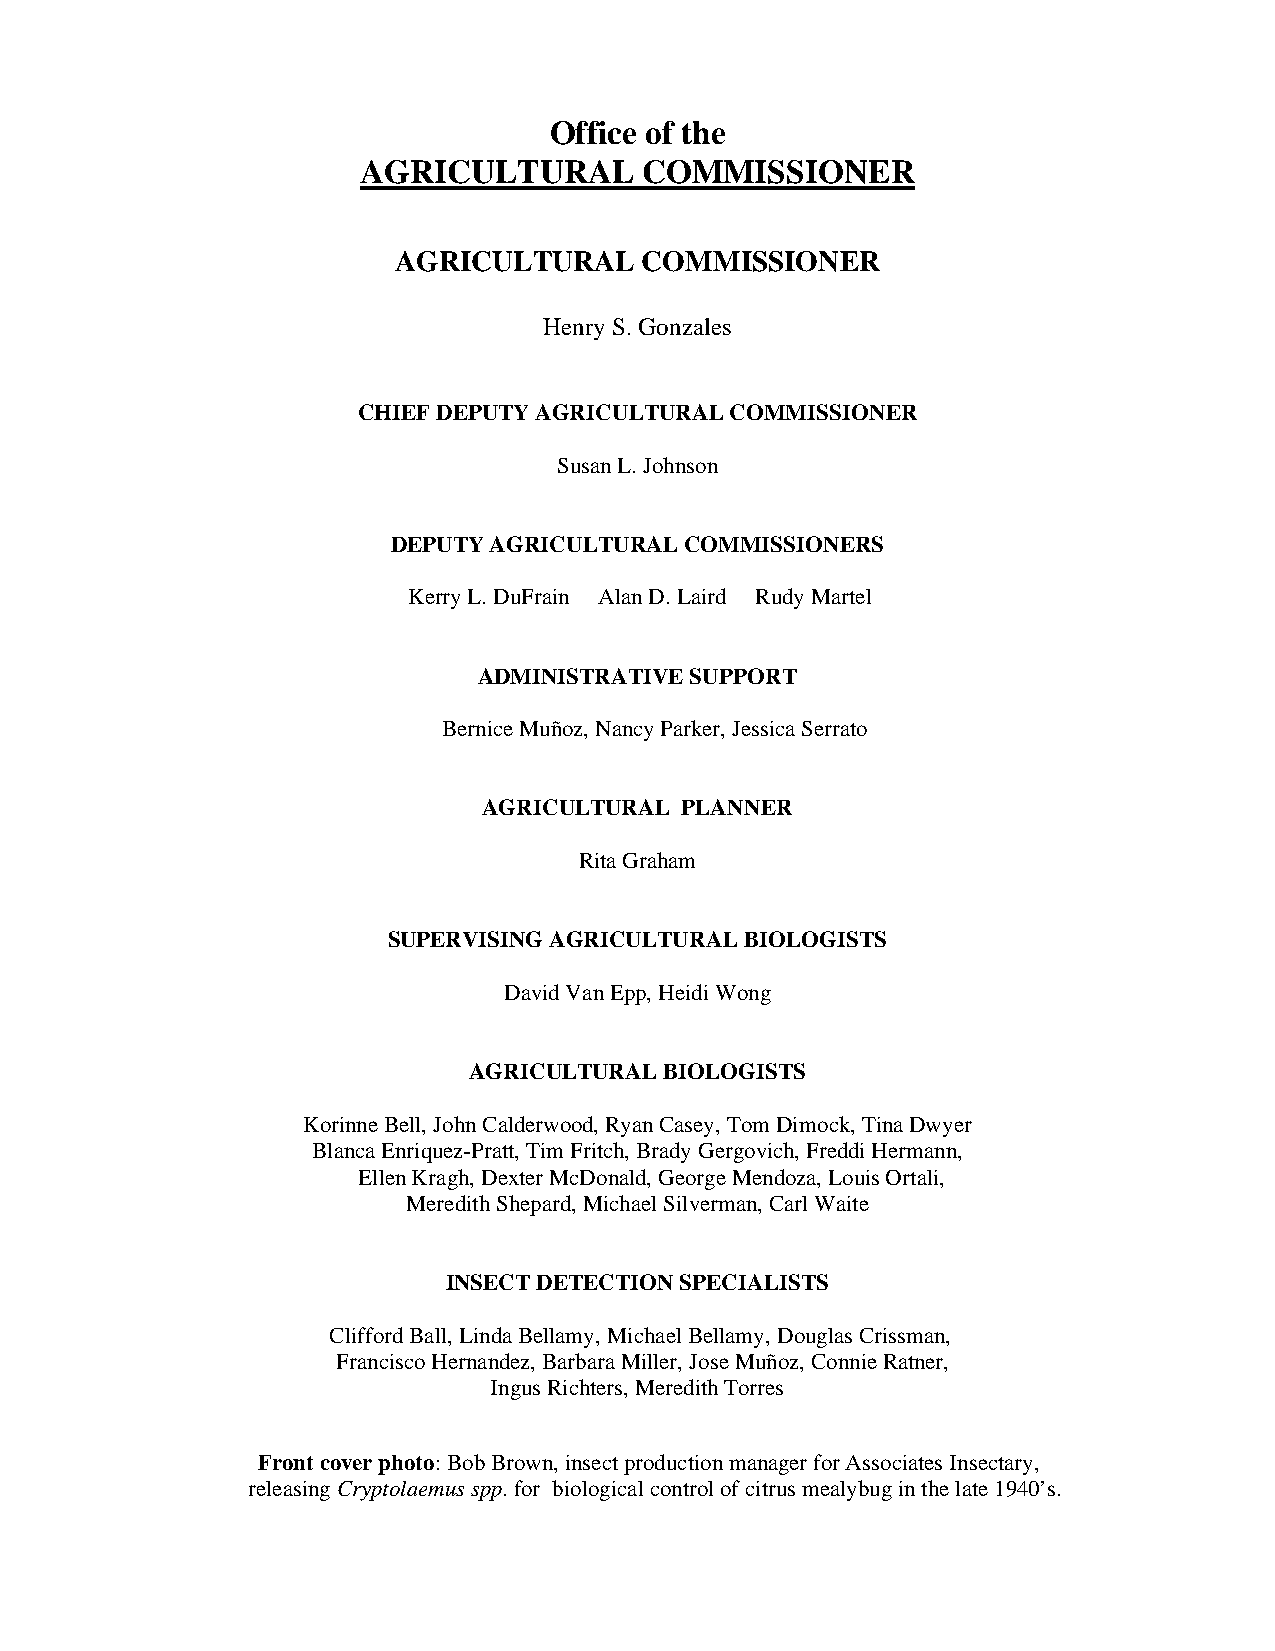
Office of the
 AGRICULTURAL       COMMISSIONER
 AGRICULTURAL    COMMISSIONER
 Henry S. Gonzales
 CHIEF DEPUTY AGRICULTURAL COMMISSIONER
 Susan L. Johnson
 DEPUTY AGRICULTURAL COMMISSIONERS
 Kerry L. DuFrain Alan D. Laird Rudy Martel
 ADMINISTRATIVE SUPPORT
 Bernice Muñoz, Nancy Parker, Jessica Serrato
 AGRICULTURAL PLANNER
 Rita Graham
 SUPERVISING AGRICULTURAL BIOLOGISTS
 David Van Epp, Heidi Wong
 AGRICULTURAL BIOLOGISTS
 Korinne Bell, John Calderwood, Ryan Casey, Tom Dimock, Tina Dwyer
 Blanca Enriquez-Pratt, Tim Fritch, Brady Gergovich, Freddi Hermann,
 Ellen Kragh, Dexter McDonald, George Mendoza, Louis Ortali,
 Meredith Shepard, Michael Silverman, Carl Waite
 INSECT DETECTION SPECIALISTS
 Clifford Ball, Linda Bellamy, Michael Bellamy, Douglas Crissman,
 Francisco Hernandez, Barbara Miller, Jose Muñoz, Connie Ratner,
 Ingus Richters, Meredith Torres
 Front cover photo: Bob Brown, insect production manager for Associates Insectary,
 releasing Cryptolaemus spp. for biological control of citrus mealybug in the late 1940’s.